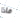
ماذا